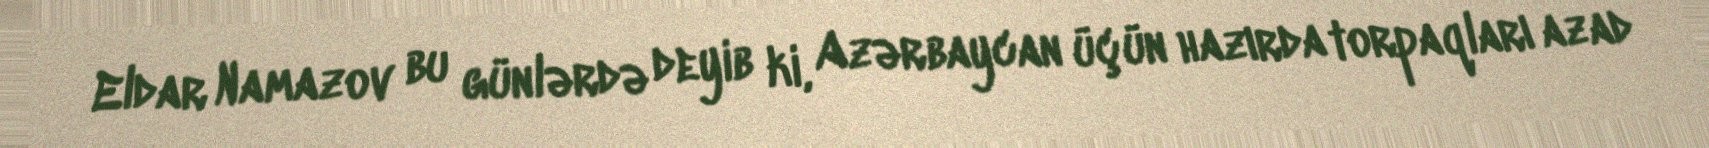
Eldar Namazov bu günlərdə deyib ki, Azərbaycan üçün hazırda torpaqları azad